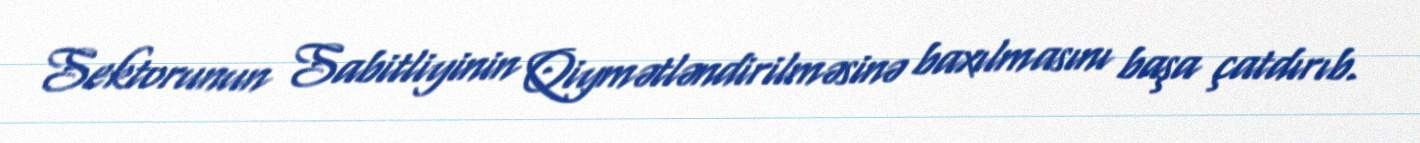
Sektorunun Sabitliyinin Qiymətləndirilməsinə baxılmasını başa çatdırıb.